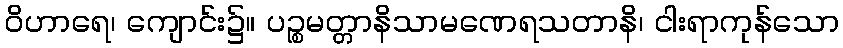
ဝိဟာရေ၊ ကျောင်း၌။ ပဉ္စမတ္တာနိသာမဏေရသတာနိ၊ ငါးရာကုန်သော